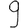
Digit: 9